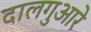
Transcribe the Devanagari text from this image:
दालगुआरे